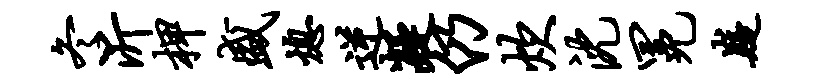
冬沂柙盛熄逆凝仍炊沈冕嶷